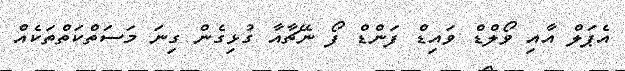
އެޕަލް އާއި ވޯލްޑް ވައިޑް ފަންޑް ފޯ ނޭޗާއާ ގުޅިގެން ގިނަ މަސަތްކަތްތަކެއް